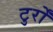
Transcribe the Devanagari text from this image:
टुर्रों